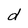
Character: d